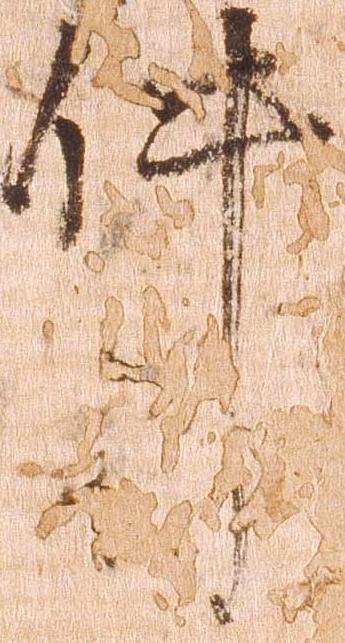
件